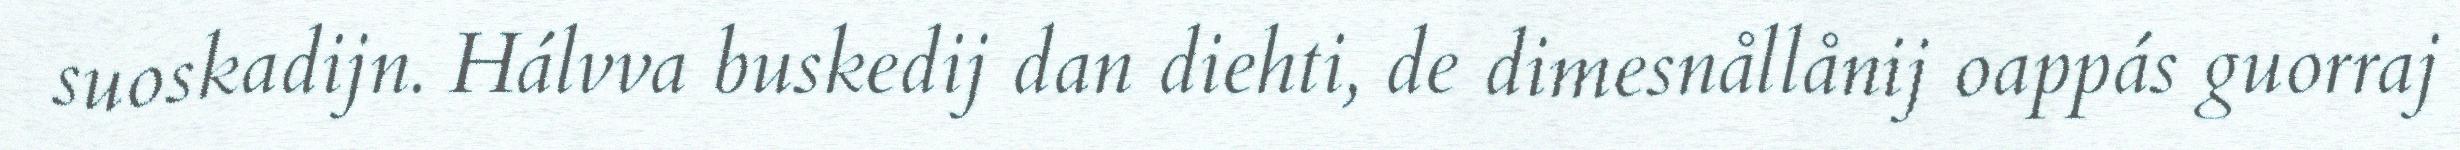
suoskadijn. Hálvva buskedij dan diehti, de dimesnållånij oappás guorraj